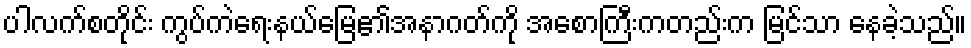
ပါလက်စတိုင်း ကွပ်ကဲရေးနယ်မြေ၏အနာဂတ်ကို အစောကြီးကတည်းက မြင်သာ နေခဲ့သည်။